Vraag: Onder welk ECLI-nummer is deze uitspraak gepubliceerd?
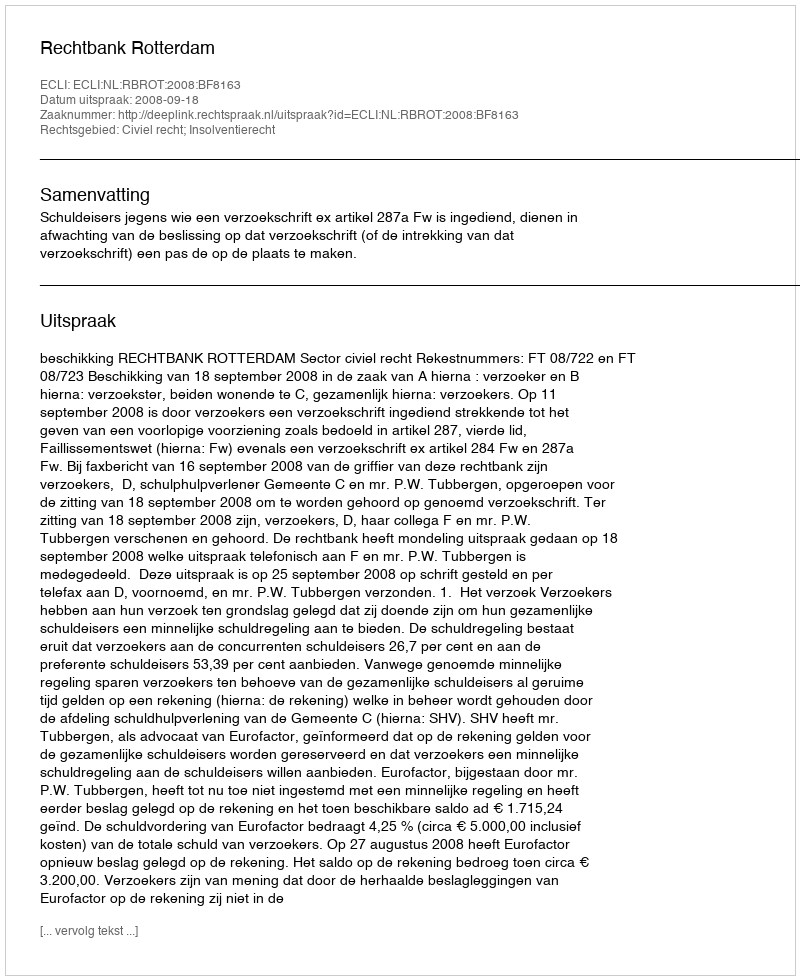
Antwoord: ECLI:NL:RBROT:2008:BF8163